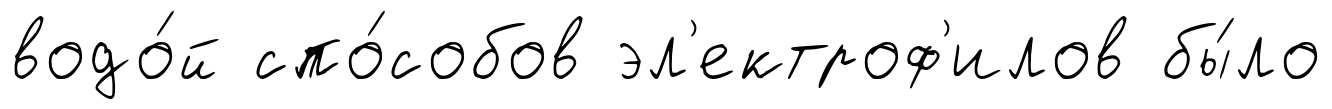
водо́й спо́собов эл'ектроф'илов бы́ло